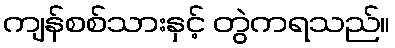
ကျန်စစ်သားနှင့် တွဲကရသည်။